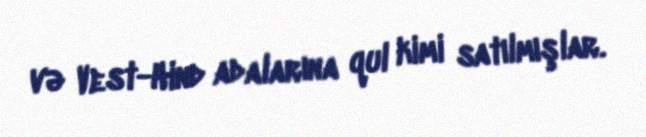
və Vest-Hind adalarına qul kimi satılmışlar.